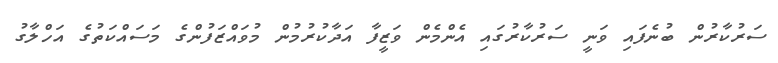
ސަރުކާރުން ބުނެފައި ވަނީ ސަރުކާރުގައި އެންމެން ވަޒީފާ އަދާކުރުމުން މުވައްޒަފުންގެ މަސައްކަތުގެ އަހްލާގު